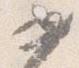
如